Vana-Antsla_vallavalitsus, lk 10
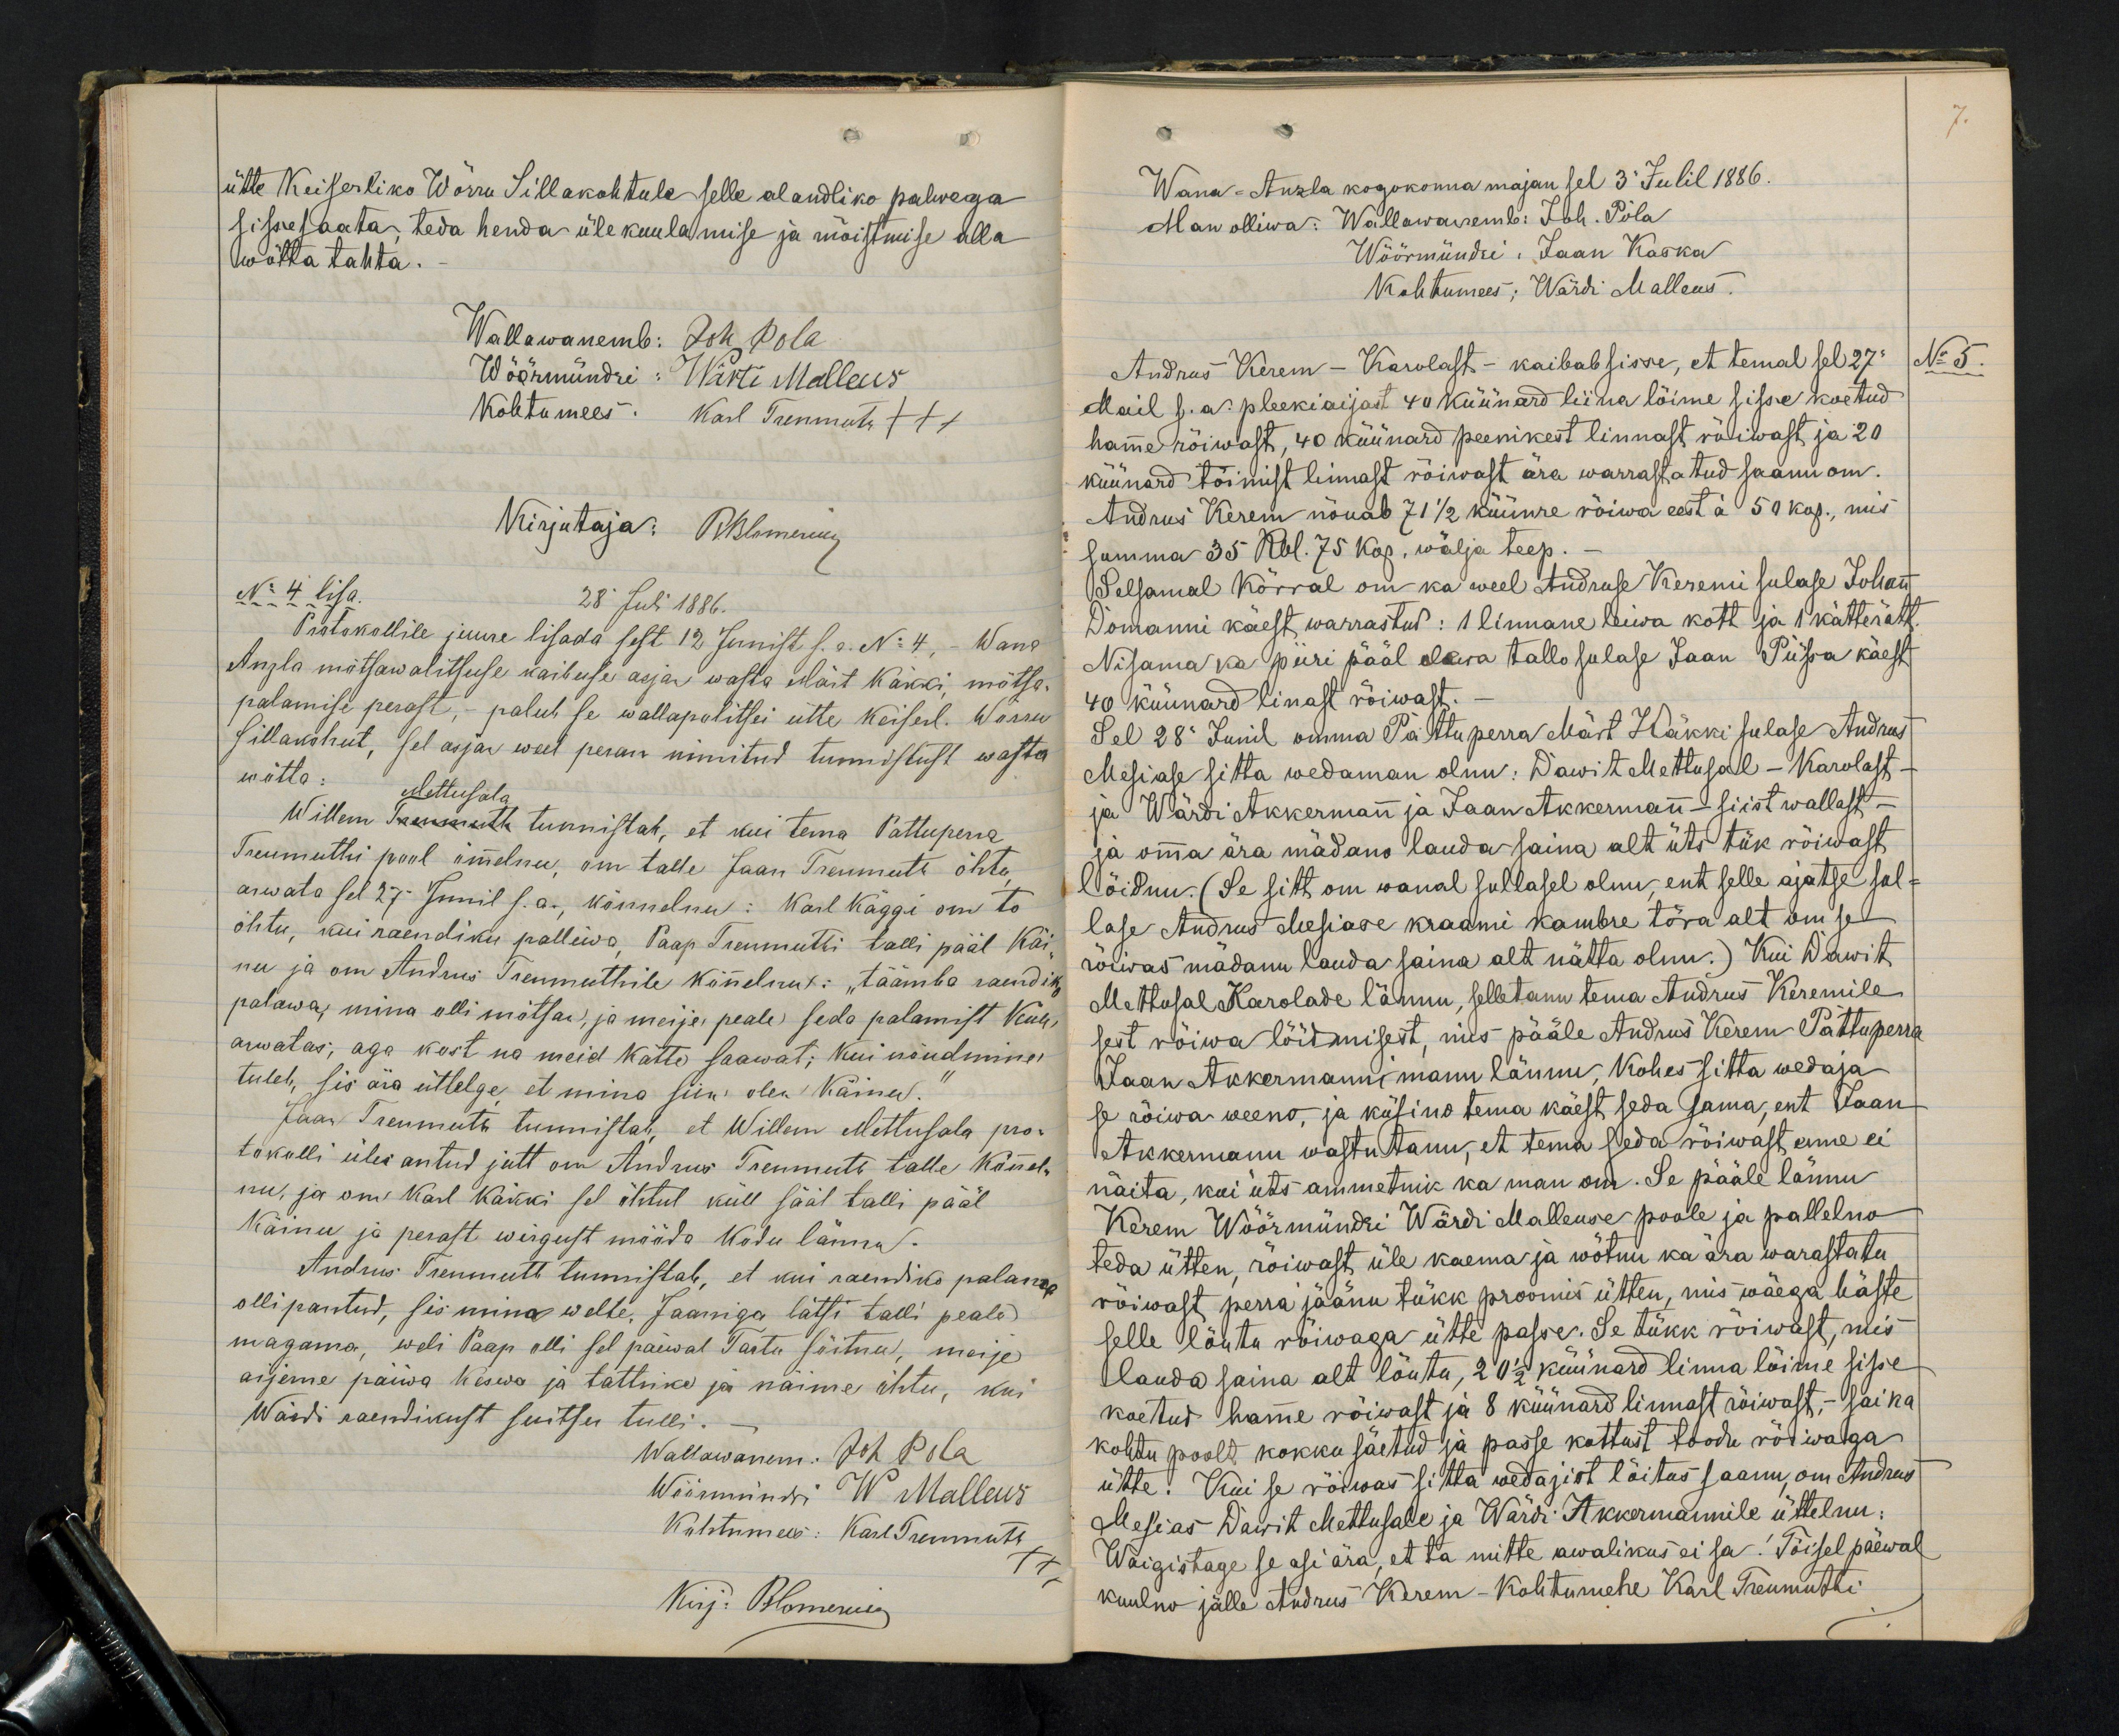
7.

ütte Keiserliko Wõrru Sillakohtule selle alandliko palwega
sisse saata, teda henda ülekuulamise ja mõistmise alla
wõtta tahta.
Wallawanemb: Joh Pola
Wöörmündri: Wärti Malleus
Kohtumees: Karl Treumuth +++
Kirjutaja: RBlomerinq
No 4 lisa.
28 Juli 1886.
Protokollile juure lisada sest 12 Junist s.a. No 4, - Wana
Anzla mõtsawalitsuse kaibuse asja wasta Märt Käkki, mõtsa-
palamise perast, - palub se wallapolitsei ütte keiserl. Wõrru
sillakohut, sel asjan weel peran nimitud tunnistust wasta
wõtta.
Mettusala
Willem Treumuth tunnistab, et kui tema Pattuperra
Treumuthi pool õmmelnu, on talle Jaan Treumuth õhtu
arwata sel 27 Junil s.a., kõnnelnu: Karl Käggi om to
õhtu, kui raendiku palliwa Paap Treumuthi talli pääl Käi-
nu ja om Andrus Treumuthile kõnnelnu: "täämba raendik
palawa, mina olli mõtsan, ja meije peale seda palamist küll-
arwatas; aga kost na meid kätte saawat; kui nõudmine
tuleb, sis ära ütlelge et mina siin olen käinu."
Jaan Treumuth tunnistab, et Willem Mettusala pro-
tokolli üles antud jutt on Andrus Treumuth talle kõnnel-
nu, ja om Karl Käkki sel õhtul küll sääl talli pääl
Käinu ja perast wargust mööda kodu lännu.
Andrus Tremmuth tunnistab, et kui raendiko palama
olli pantud, sis mina welle, Jaaniga lätsi talli peale
magama, weli Paap olli sel päewal Tartu sõitnu, meije
aijeme päiwa keswa ja tattrike ja näime õhtu, kui
Wärdi raendikust suitsu tulli.
Wallawanem: Joh Pola
Wöörmündri W Malleus
Kohtumees: Karl Treumuth
xxx
Kirj: Blomering

Wana-Anzla kogokonna majan sel 3 Julil 1886.
Man olliwa: Wallawaremb: Joh. Pola
Wöörmündri: Jaan Kaska
Kohtumees; Wärdi Malleus.
Andrus Kerem - Karolast - kaibab sisse, et temal sel 27
No 5.
Mail s.a. pleekiaijast 40 küünard liina lõime sisse koetud
hamme rõiwast, 40 küünard peenikest linnast rõiwast ja 20
küünard tõimist linnast rõiwast ära warrastatud saanu om.
Andrus Kerem nõuab 71 1/2 küünre rõiwa eest à 50 kop., mis
summa 35 Rbl. 75 kop. wälja teep.
Selsamal kõrral om ka weel Andruse Keremi sulase Johan
Domanni käest warrastud: 1 linnane leiwa kott ja 1 kätterätt
Nisama ka piiri pääl olewa tallo sulase Jaan Püssa käest
40 küünard linast rõiwast.
Sel 28 Junil omma Pattuperra Märt Käkki sulase Andrus
Mesiase sitta wedaman olnu: Dawit Mettusal - Karolast -
ja Wärdi Akkermann ja Jaan Akkermann - siist wallast -
ja omma ära mädano lauda saina alt üts tük rõiwast
lõidnu. (Se sitt om wanal sullasel olnu, ent selle ajatse sul-
lase Andrus Mesiase kraami kambre tõra alt om se
rõiwas mädanu lauda saina alt nätta olnu.) Kui Dawit
Mettusal Karolade lännu, selletanu tema Andrus Keremile
sest rõiwa lõidmisest, mis pääle Andrus Kerem Pattupera
Jaan Akkermanni manu lännu, Kohes sitta wedaja
se rõiwa weeno, ja küsino tema käest seda sama, ent Jaan
Akkermann wastutanu, et tema seda rõiwast enne ei
näita, kui üts ammetnik ka man on. Se pääle lännu
Kerem Wöörmündri Wärdi Malleuse poole ja pallelno
teda ütten, rõiwast, üle kaema ja wõtnu ka ära warastatu
rõiwast perra jäänu tükk proowis ütten, mis wäega häste
selle lõutu rõiwaga ütte passe. Se tükk rõiwast, mis
lauda saina alt lõutu, 20 1/2 küünard linna lõime sisse
kaetud hame rõiwast ja 8 küünard linnast rõiwast, - sai ka
kohtu poolt kokku säetud ja passe kattust toodu rõiwaga
ütte. Kui se rõiwas sitta wedajist lõitus saanu, om Andrus
Mesias Dawit Mettusale ja Wärdi Akkermannile üttelnu:
Waigistage se asi ära, et ta mitte awalikus ei sa. Tõisel päewal
kuulnu jälle Andrus Kerem - kohtumehe Karl Treumuthi